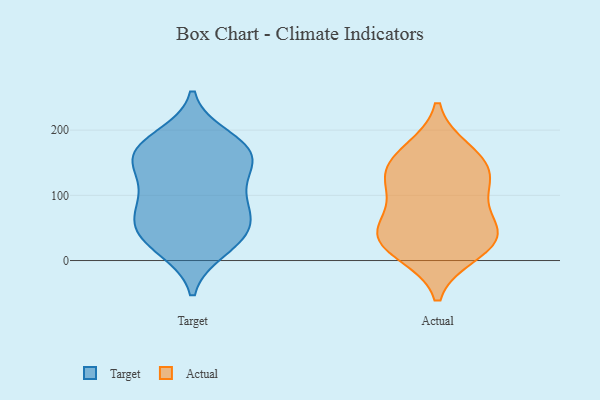
{"axis": {"x": "Customer Acquisition Cost (USD)", "y": "Value"}, "legend": ["Actual", "Target"], "data": [{"x": "", "y": 171, "type": "Target"}, {"x": "", "y": 71, "type": "Target"}, {"x": "", "y": 26, "type": "Target"}, {"x": "", "y": 169, "type": "Target"}, {"x": "", "y": 35, "type": "Target"}, {"x": "", "y": 106, "type": "Target"}, {"x": "", "y": 70, "type": "Target"}, {"x": "", "y": 131, "type": "Target"}, {"x": "", "y": 103, "type": "Target"}, {"x": "", "y": 62, "type": "Target"}, {"x": "", "y": 159, "type": "Target"}, {"x": "", "y": 158, "type": "Target"}, {"x": "", "y": 18, "type": "Target"}, {"x": "", "y": 164, "type": "Target"}, {"x": "", "y": 49, "type": "Target"}, {"x": "", "y": 188, "type": "Target"}, {"x": "", "y": 113, "type": "Actual"}, {"x": "", "y": 43, "type": "Actual"}, {"x": "", "y": 37, "type": "Actual"}, {"x": "", "y": 30, "type": "Actual"}, {"x": "", "y": 166, "type": "Actual"}, {"x": "", "y": 146, "type": "Actual"}, {"x": "", "y": 107, "type": "Actual"}, {"x": "", "y": 14, "type": "Actual"}, {"x": "", "y": 49, "type": "Actual"}, {"x": "", "y": 144, "type": "Actual"}]}